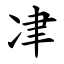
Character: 冿